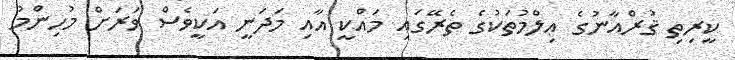
ކީރިތި ޤުރްއާނުގެ ޢިލްމުތަކުގެ ތެރޭގައި މައްކީ އާއި މަދަނީ އަކީވެސް ވަރަށް މުހިންމު